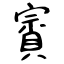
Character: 賨